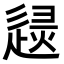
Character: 𨓶